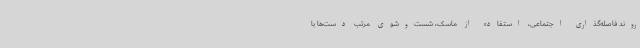
روند فاصله‌گذاری اجتماعی، استفاده از ماسک، شست‌وشوی مرتب دست‌ها با